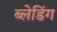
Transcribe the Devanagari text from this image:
ब्लेडिंग